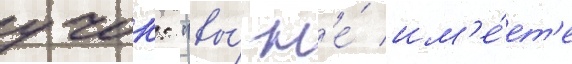
учок: "вы́ н'е́ им'е́ет'е